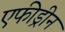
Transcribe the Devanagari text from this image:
एफीड्रीन